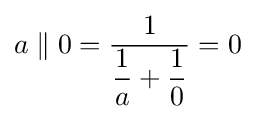
a\parallel 0={\frac {1}{{\dfrac {1}{a}}+{\dfrac {1}{0}}}}=0